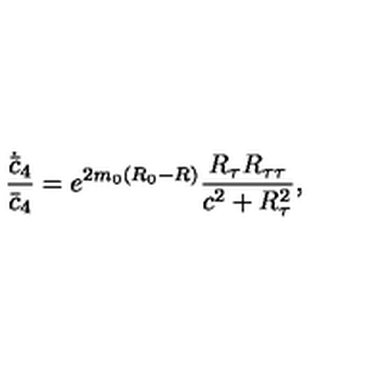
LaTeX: { \frac { \dot { \bar { c } } _ { 4 } } { \bar { c } _ { 4 } } } = e ^ { 2 m _ { 0 } ( R _ { 0 } - R ) } { \frac { R _ { \tau } R _ { \tau \tau } } { c ^ { 2 } + R _ { \tau } ^ { 2 } } } ,